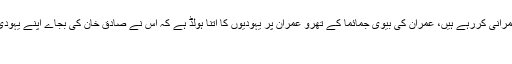
ہاں یہودی بہت چالاک ہیں اور اپنی چالاکی سے دنیا پر حکمرانی کررہے ہیں، عمران کی بیوی جمائما کے تھرو عمران پر یہودیوں کا اتنا ہولڈ ہے کہ اس نے صادق خان کی بجاے اپنے یہودی سالے کو جتوانے کیلئے باقاعدہ لندن میں کمپین چلای تھی
کیا خیال ہے ؟